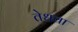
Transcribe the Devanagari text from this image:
तेधवा